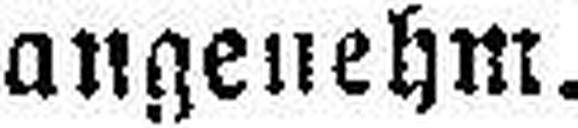
angenehm.